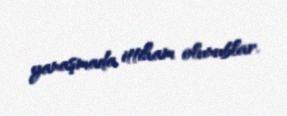
yanaşmada ittiham olunublar.